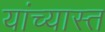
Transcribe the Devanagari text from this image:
यांच्यास्त